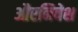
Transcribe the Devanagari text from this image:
औरनिवेश